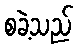
စခဲ့သည်